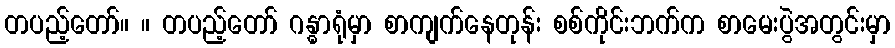
တပည့်တော်။ ။ တပည့်တော် ဂန္ဓာရုံမှာ စာကျက်နေတုန်း စစ်ကိုင်းဘက်က စာမေးပွဲအတွင်းမှာ